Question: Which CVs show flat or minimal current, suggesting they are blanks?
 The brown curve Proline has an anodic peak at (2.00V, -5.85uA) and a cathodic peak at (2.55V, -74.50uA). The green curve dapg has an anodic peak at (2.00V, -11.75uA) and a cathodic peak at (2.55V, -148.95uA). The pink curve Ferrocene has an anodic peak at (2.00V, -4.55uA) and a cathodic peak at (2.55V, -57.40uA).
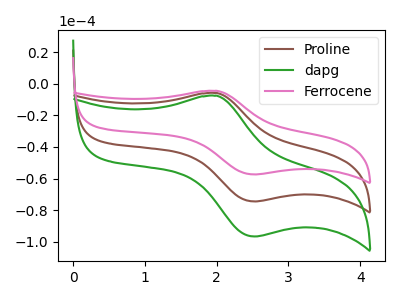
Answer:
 <answer>There are not any CV's on this graph that are likely to be blanks.</answer>
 <eval>none</eval>